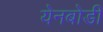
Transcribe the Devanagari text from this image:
येनबोडी